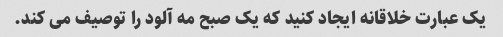
یک عبارت خلاقانه ایجاد کنید که یک صبح مه آلود را توصیف می کند.